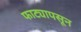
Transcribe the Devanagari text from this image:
फाट्यापसून